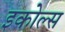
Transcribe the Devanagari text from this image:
इकोल्स